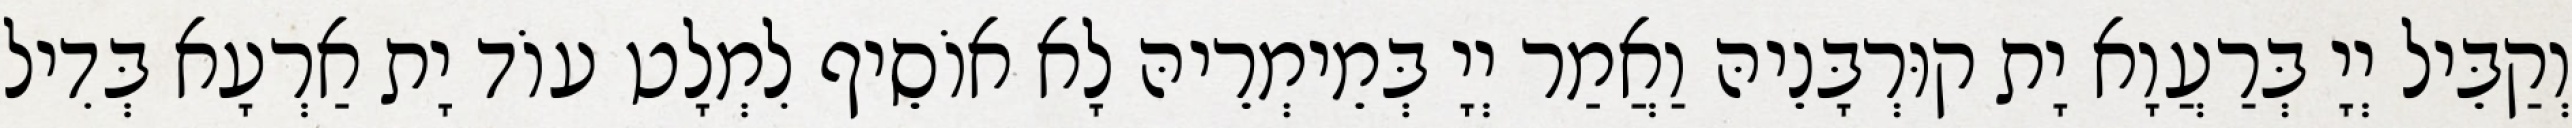
וְקַבֵּיל יְיָ בְּרַעֲוָא יָת קוּרְבָּנֵיהּ וַאֲמַר יְיָ בְּמֵימְרֵיהּ לָא אוֹסֵיף לִמְלָט עוֹד יָת אַרְעָא בְּדִיל